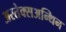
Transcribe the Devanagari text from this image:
अस्तेक्सअन्थिन